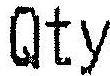
QTY